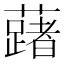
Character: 𬟅